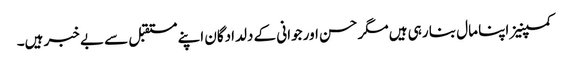
کمپنیز اپنا مال بنا رہی ہیں مگر حسن اور جوانی کے دلدادگان اپنے مستقبل سے بے خبر ہیں۔